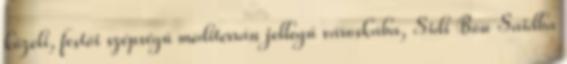
közeli, festői szépségű mediterrán jellegű városkába, Sidi Bou Saidba